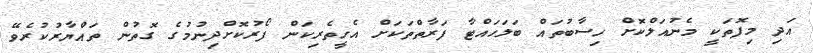
އަދި މިފޮތަކީ މެނުއަލްކޮށް ހިސާބުތައް ބަލަހައްޓާ ފަރާތްތަކަށް އެހީތެރިކަން ފޯރުކޮށްދިނުމުގެ ގޮތުން ތައްޔާރުކުރެވޭ